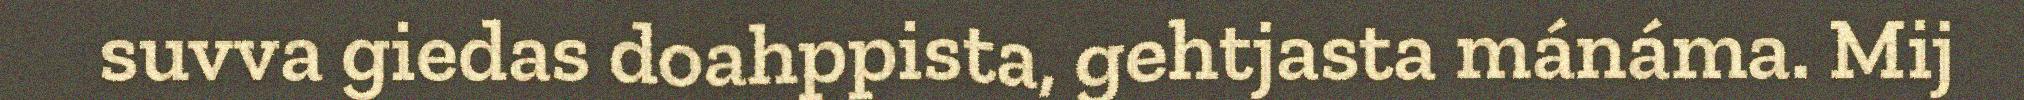
suvva giedas doahppista, gehtjasta mánáma. Mij